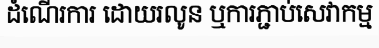
ដំណើរការ ដោយរលូន ឬការភ្ជាប់សេវាកម្ម